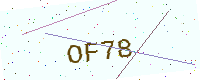
Text: OF78